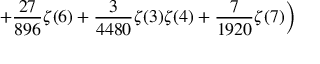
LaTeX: \displaystyle \left. \quad \quad \quad + \frac { 2 7 } { 8 9 6 } \zeta ( 6 ) + \frac { 3 } { 4 4 8 0 } \zeta ( 3 ) \zeta ( 4 ) + \frac { 7 } { 1 9 2 0 } \zeta ( 7 ) \right)